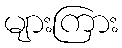
များကြား